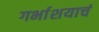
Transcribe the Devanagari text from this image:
गर्भाशयाचं